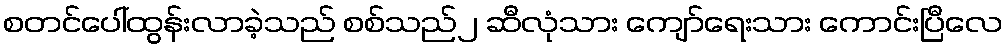
စတင်ပေါ်ထွန်းလာခဲ့သည် စစ်သည်၂ ဆီလုံသား ကျော်ရေးသား ကောင်းပြီလေ